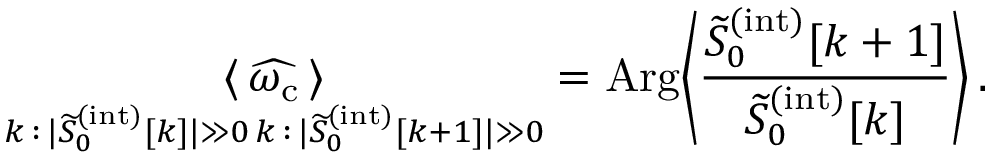
\underset { \substack { k \, : \, | \widetilde { S } _ { 0 } ^ { ( \mathrm { i n t } ) } [ k ] | \gg 0 \, k \, : \, | \widetilde { S } _ { 0 } ^ { ( \mathrm { i n t } ) } [ k + 1 ] | \gg 0 } } { \langle \, \widehat { \omega _ { \mathrm { c } } } \, \rangle } = \mathrm { A r g } \Bigg \langle \frac { \widetilde { S } _ { 0 } ^ { ( \mathrm { i n t } ) } [ k + 1 ] } { \widetilde { S } _ { 0 } ^ { ( \mathrm { i n t } ) } [ k ] } \Bigg \rangle \, .